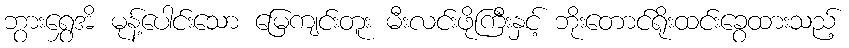
ဘွားရွှေအိ မုန့်ပေါင်းသော မြေကျင်းတူး မီးလင်းဖိုကြီးနှင့် ဘိုးတောင်ရိုးထင်းခွေထားသည့်